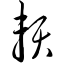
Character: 赖